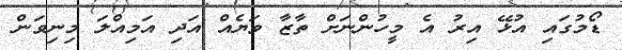
ޑޯމުގައި އުޅޭ އިރު އެ މީހުންނަށް ތާޒާ ވަޔެއް އަދި އަމިއްލަ މިނިވަން